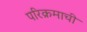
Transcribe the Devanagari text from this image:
परिक्रमाची